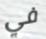
في